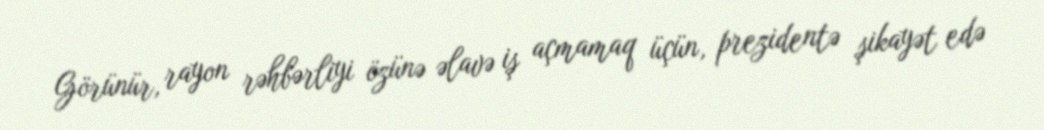
Görünür, rayon rəhbərliyi özünə əlavə iş açmamaq üçün, prezidentə şikayət edə